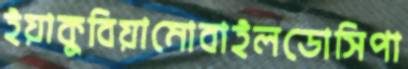
ইয়াকুবিয়ামোবাইলডোসিপা